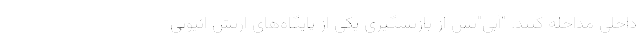
داخلی مداخله کنند. "آبی"پس از بازپسگیری یکی از پایگاه‌های ارتش اتیوپی